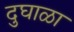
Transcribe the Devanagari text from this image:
दुघाळा